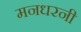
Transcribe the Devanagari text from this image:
मनधरनी